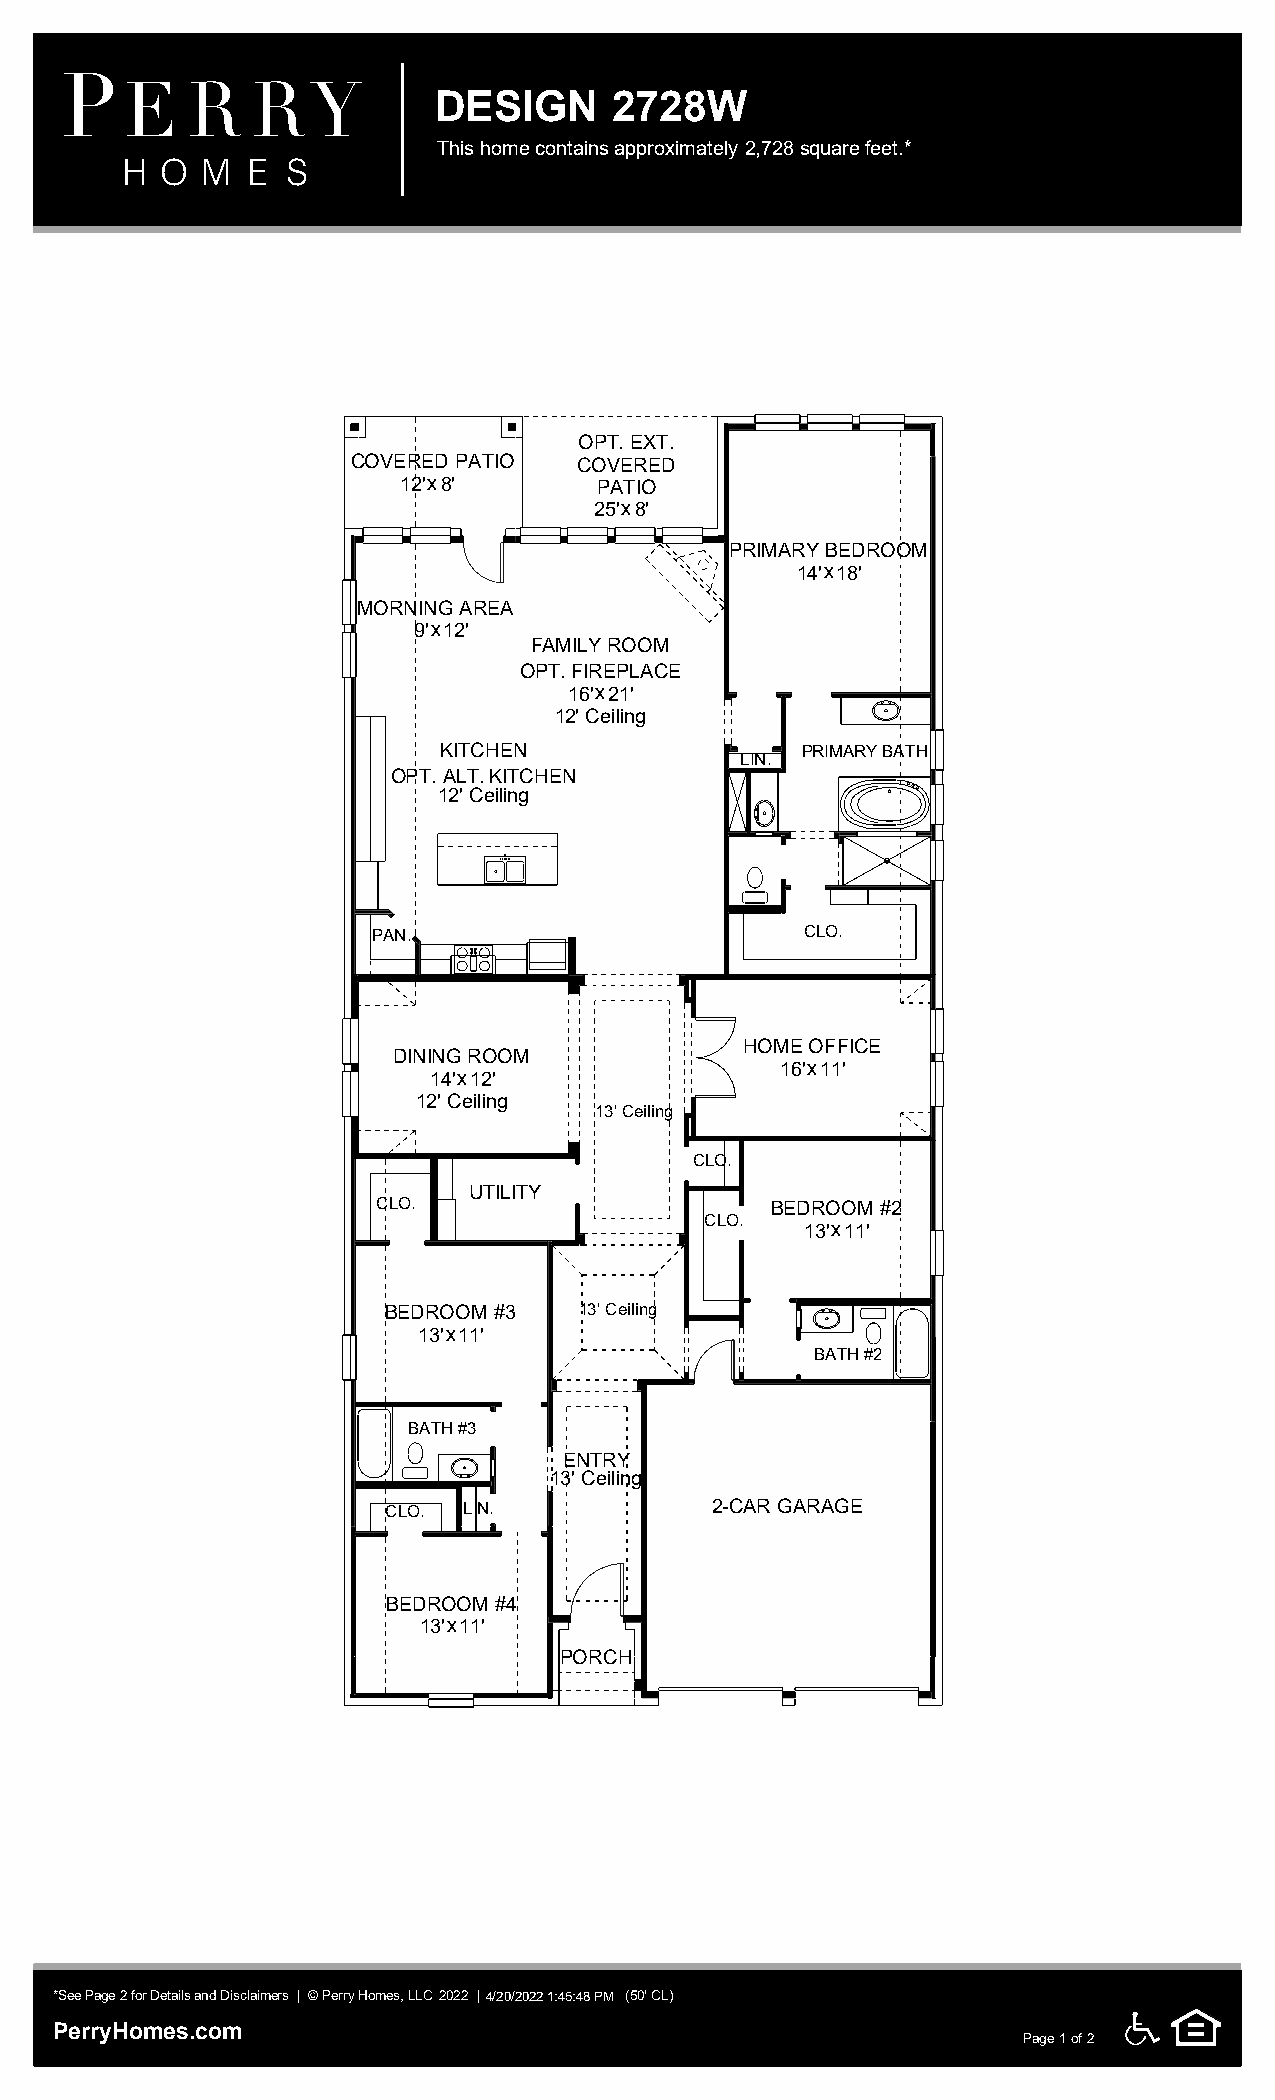
P
 E   R    RY          DESIGN      2728W
 This home contains approximately 2,728 square feet.*
 H  O M  E  S
 OPT. EXT.
 CCOOVVEERREEDD PPAATTIIOO COVERED
 12'x8'        PATIO
 25'x8'
 PPRRIIMMAARRYY BBEEDDRROOOOMM
 14'x18'
 MMOORRNNIINNGG AARREEAA
 9'x12'
 FAMILY ROOM
 OPT. FIREPLACE
 16'x21'
 12' Ceiling
 KITCHEN                 PRIMARY BATH
 LIN.
 OPT. ALT. KITCHEN
 12' Ceiling
 PAN.                        CLO.
 HHOOMMEE OOFFFFIICCEE
 DDIINNIINNGG RROOOOMM
 16'x11'
 14'x12'
 12' Ceiling
 13' Ceiling
 CLO.
 UUTTIILLIITTYY
 CLO.                      BBEEDDRROOOOMM ##22
 CLO.
 13'x11'
 BBEEDDRROOOOMM ##33 13' Ceiling
 13'x11'
 BATH #2
 BATH #3
 EENNTTRRYY
 13' Ceiling
 CLO. LIN.            22--CCAARR GGAARRAAGGEE
 BBEEDDRROOOOMM ##44
 13'x11'
 PPOORRCCHH
 .
 *See Page 2 for Details and Disclaimers | © Perry Homes, LLC 2 0 2 2 |4/20/2022 1:45:48 PM (50' CL)
 PerryHomes.com
 CCCII----
 LLL Page1of2 II